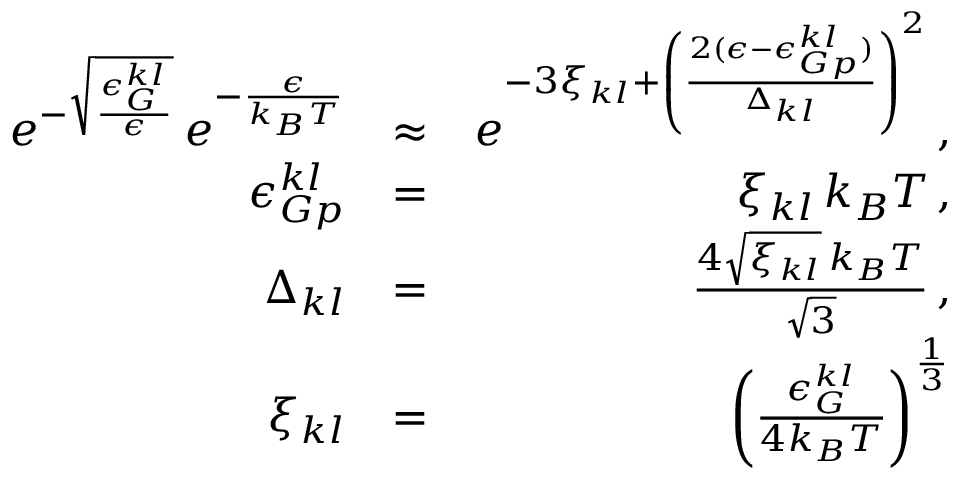
\begin{array} { r l r } { e ^ { - \sqrt { \frac { \epsilon _ { G } ^ { k l } } { \epsilon } } } \, e ^ { - \frac { \epsilon } { k _ { B } T } } } & { \approx } & { e ^ { - 3 \xi _ { k l } + \left( \frac { 2 ( \epsilon - \epsilon _ { G p } ^ { k l } ) } { \Delta _ { k l } } \right) ^ { 2 } } \, , } \\ { \epsilon _ { G p } ^ { k l } } & { = } & { \xi _ { k l } \, k _ { B } T \, , } \\ { \Delta _ { k l } } & { = } & { \frac { 4 \sqrt { \xi _ { k l } } \, k _ { B } T } { \sqrt { 3 } } \, , } \\ { \xi _ { k l } } & { = } & { \left( \frac { \epsilon _ { G } ^ { k l } } { 4 k _ { B } T } \right) ^ { \frac { 1 } { 3 } } } \end{array}